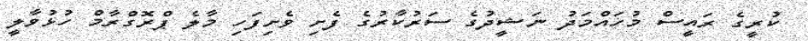
ކުރީގެ ރައީސް މުހައްމަދު ނަޝީދުގެ ސަރުކާރުގެ ފެށި ވެށިފަހި މާލެ ޕްރޮގްރާމް ހުޅުވާލީ